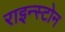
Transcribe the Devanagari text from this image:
राइन्स्टोन